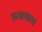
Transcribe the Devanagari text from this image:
सअकत्य